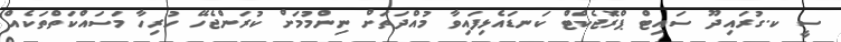
ސީ ކ.ގުރައިދޫ ސައިޓް ޕްރޮޖެކްޓް ކަނޑައެޅިފައިވާ މުއްދަތަށް ނިންމުމަށް ކުރަންޖެހޭ ހުރިހާ މަސައްކަތްތަކެއް